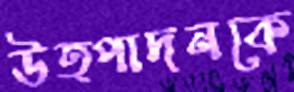
উত্পাদনকে